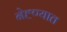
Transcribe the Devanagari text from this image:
नेह्ण्यात